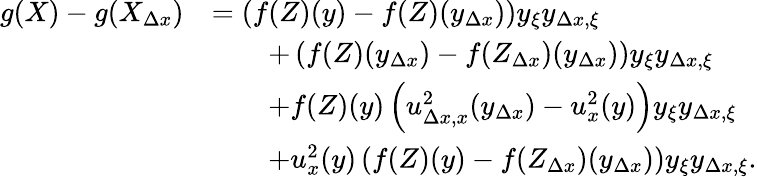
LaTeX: \begin{array}{rl}{g(X)-g(X_{\Delta x})}&{=\left(f(Z)(y)-f(Z)(y_{\Delta x})\right)y_{\xi}y_{\Delta x,\xi}}\\ &{\qquad+\left(f(Z)(y_{\Delta x})-f(Z_{\Delta x})(y_{\Delta x})\right)y_{\xi}y_{\Delta x,\xi}}\\ &{\qquad+f(Z)(y)\left(u_{\Delta x,x}^{2}(y_{\Delta x})-u_{x}^{2}(y)\right)y_{\xi}y_{\Delta x,\xi}}\\ &{\qquad+u_{x}^{2}(y)\left(f(Z)(y)-f(Z_{\Delta x})(y_{\Delta x})\right)y_{\xi}y_{\Delta x,\xi}.}\end{array}